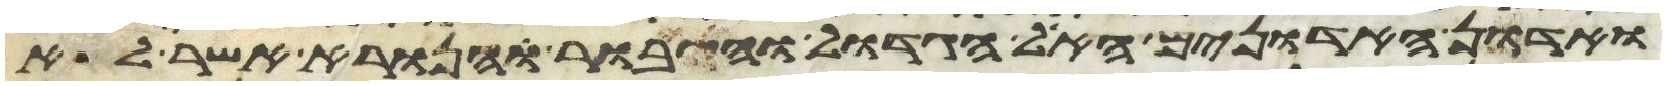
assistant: ואדון האדונים האל הגדול והגיבור והנורא אשר לא